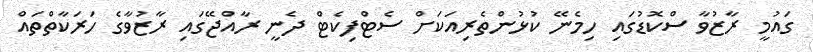
ގައުމީ ރާޒުވާ ސްކޮޑުގައި ހިމެނޭ ކުޅުންތެރިއަކަށް ސެޓްފިކެޓް ދެނީ ރާއްޖޭގައި ރާޒުވާގެ ހަރަކާތްތައް